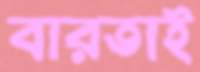
বারতাই